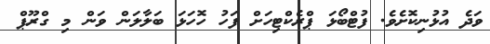
ވަދެ އުޅުނިކޮށެވެ. ފުޓްބޯޅަ ޕްރެކްޓިހަށް ފަހު ހޮހަޅަ ބަލާލަން ވަން މި ގްރޫޕް